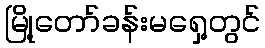
မြို့တော်ခန်းမရှေ့တွင်